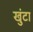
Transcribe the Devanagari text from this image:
खुंटा